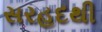
સરહદથી